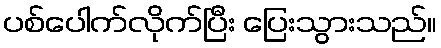
ပစ်ပေါက်လိုက်ပြီး ပြေးသွားသည်။